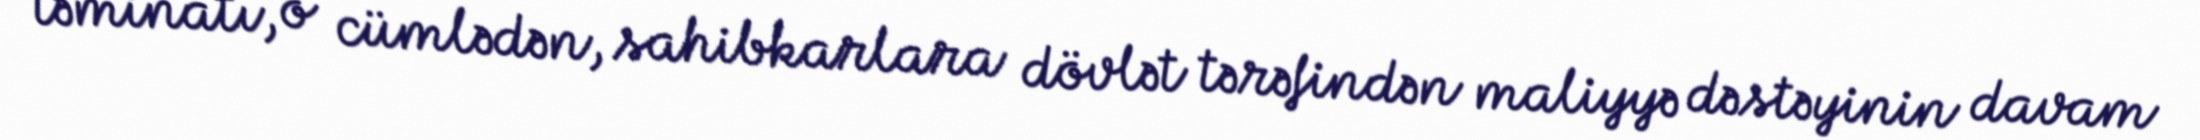
təminatı, o cümlədən, sahibkarlara dövlət tərəfindən maliyyə dəstəyinin davam